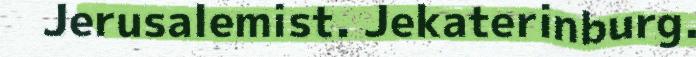
Jerusalemist. Jekaterinburg.